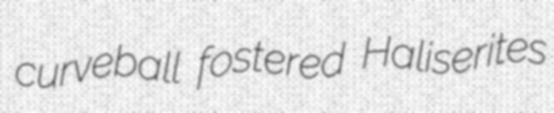
curveball fostered Haliserites